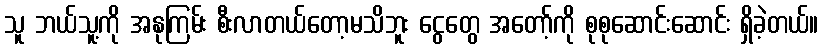
သူ ဘယ်သူ့ကို အနုကြမ်း စီးလာတယ်တော့မသိဘူး ငွေတွေ အတော့်ကို စုစုဆောင်းဆောင်း ရှိခဲ့တယ်။